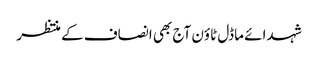
شہدائے ماڈل ٹاؤن آج بھی انصاف کے منتظر